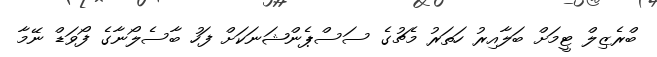
ބްރެޒިލް ޓީމަށް ބަލާއިރު ހަތަރު މެޗުގެ ސަސްޕެންޝަނަކަށް ފަހު ބާސެލޯނާގެ ފޯވަޑް ނޭމާ